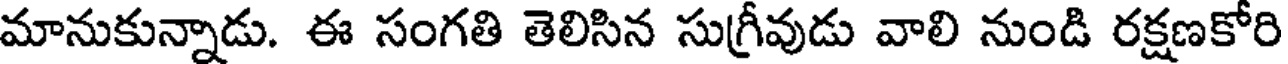
మానుకున్నాడు. ఈ సంగతి తెలిసిన సుగ్రీవుడు వాలి నుండి రక్షణకోరి